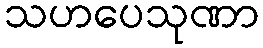
သဟပေသုဏာ